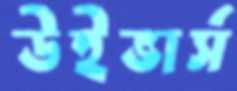
উইভার্স